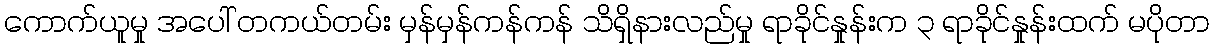
ကောက်ယူမှု အပေါ် တကယ်တမ်း မှန်မှန်ကန်ကန် သိရှိနားလည်မှု ရာခိုင်နှုန်းက ၃ ရာခိုင်နှုန်းထက် မပိုတာ